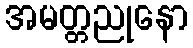
အမတ္တညုနော